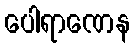
ပေါရာဏေန